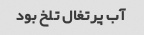
آب پرتغال تلخ بود